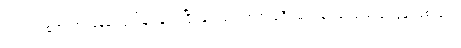
ပက်ထရစ်ရှာဟာ မြန်မာပြည်မှာ ပျော်ပြီး နယ်တွေဘက် ခရီးထွက်ချင်ပေမယ့် ခင်ပွန်းဖြစ်သူက